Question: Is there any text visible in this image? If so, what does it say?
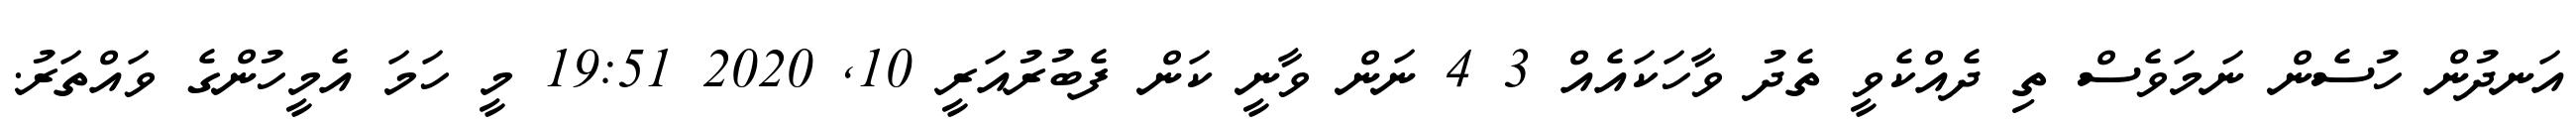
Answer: އަނދުން ހުސެން ނަމަވެސް ތި ދެއްކެވީ ތެދު ވާހަކައެއް 3 4 ނަން ވާނީ ކަން ފެބުރުއަރީ 10, 2020 19:51 މީ ހަމަ އެމީހުންގެ ވައްތަރު.